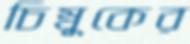
চিম্বুকের